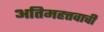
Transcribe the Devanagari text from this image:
अतिमहत्तवाची